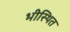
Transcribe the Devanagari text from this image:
भीस्थित